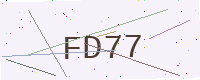
Text: FD77